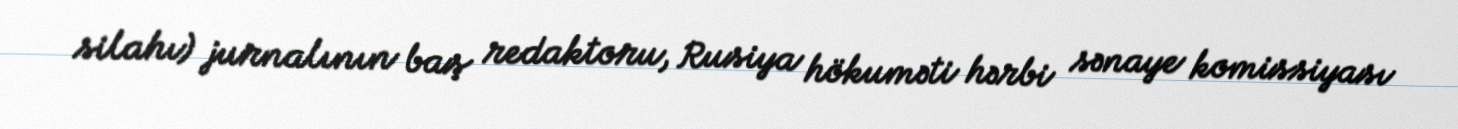
silahı) jurnalının baş redaktoru, Rusiya hökuməti hərbi sənaye komissiyası